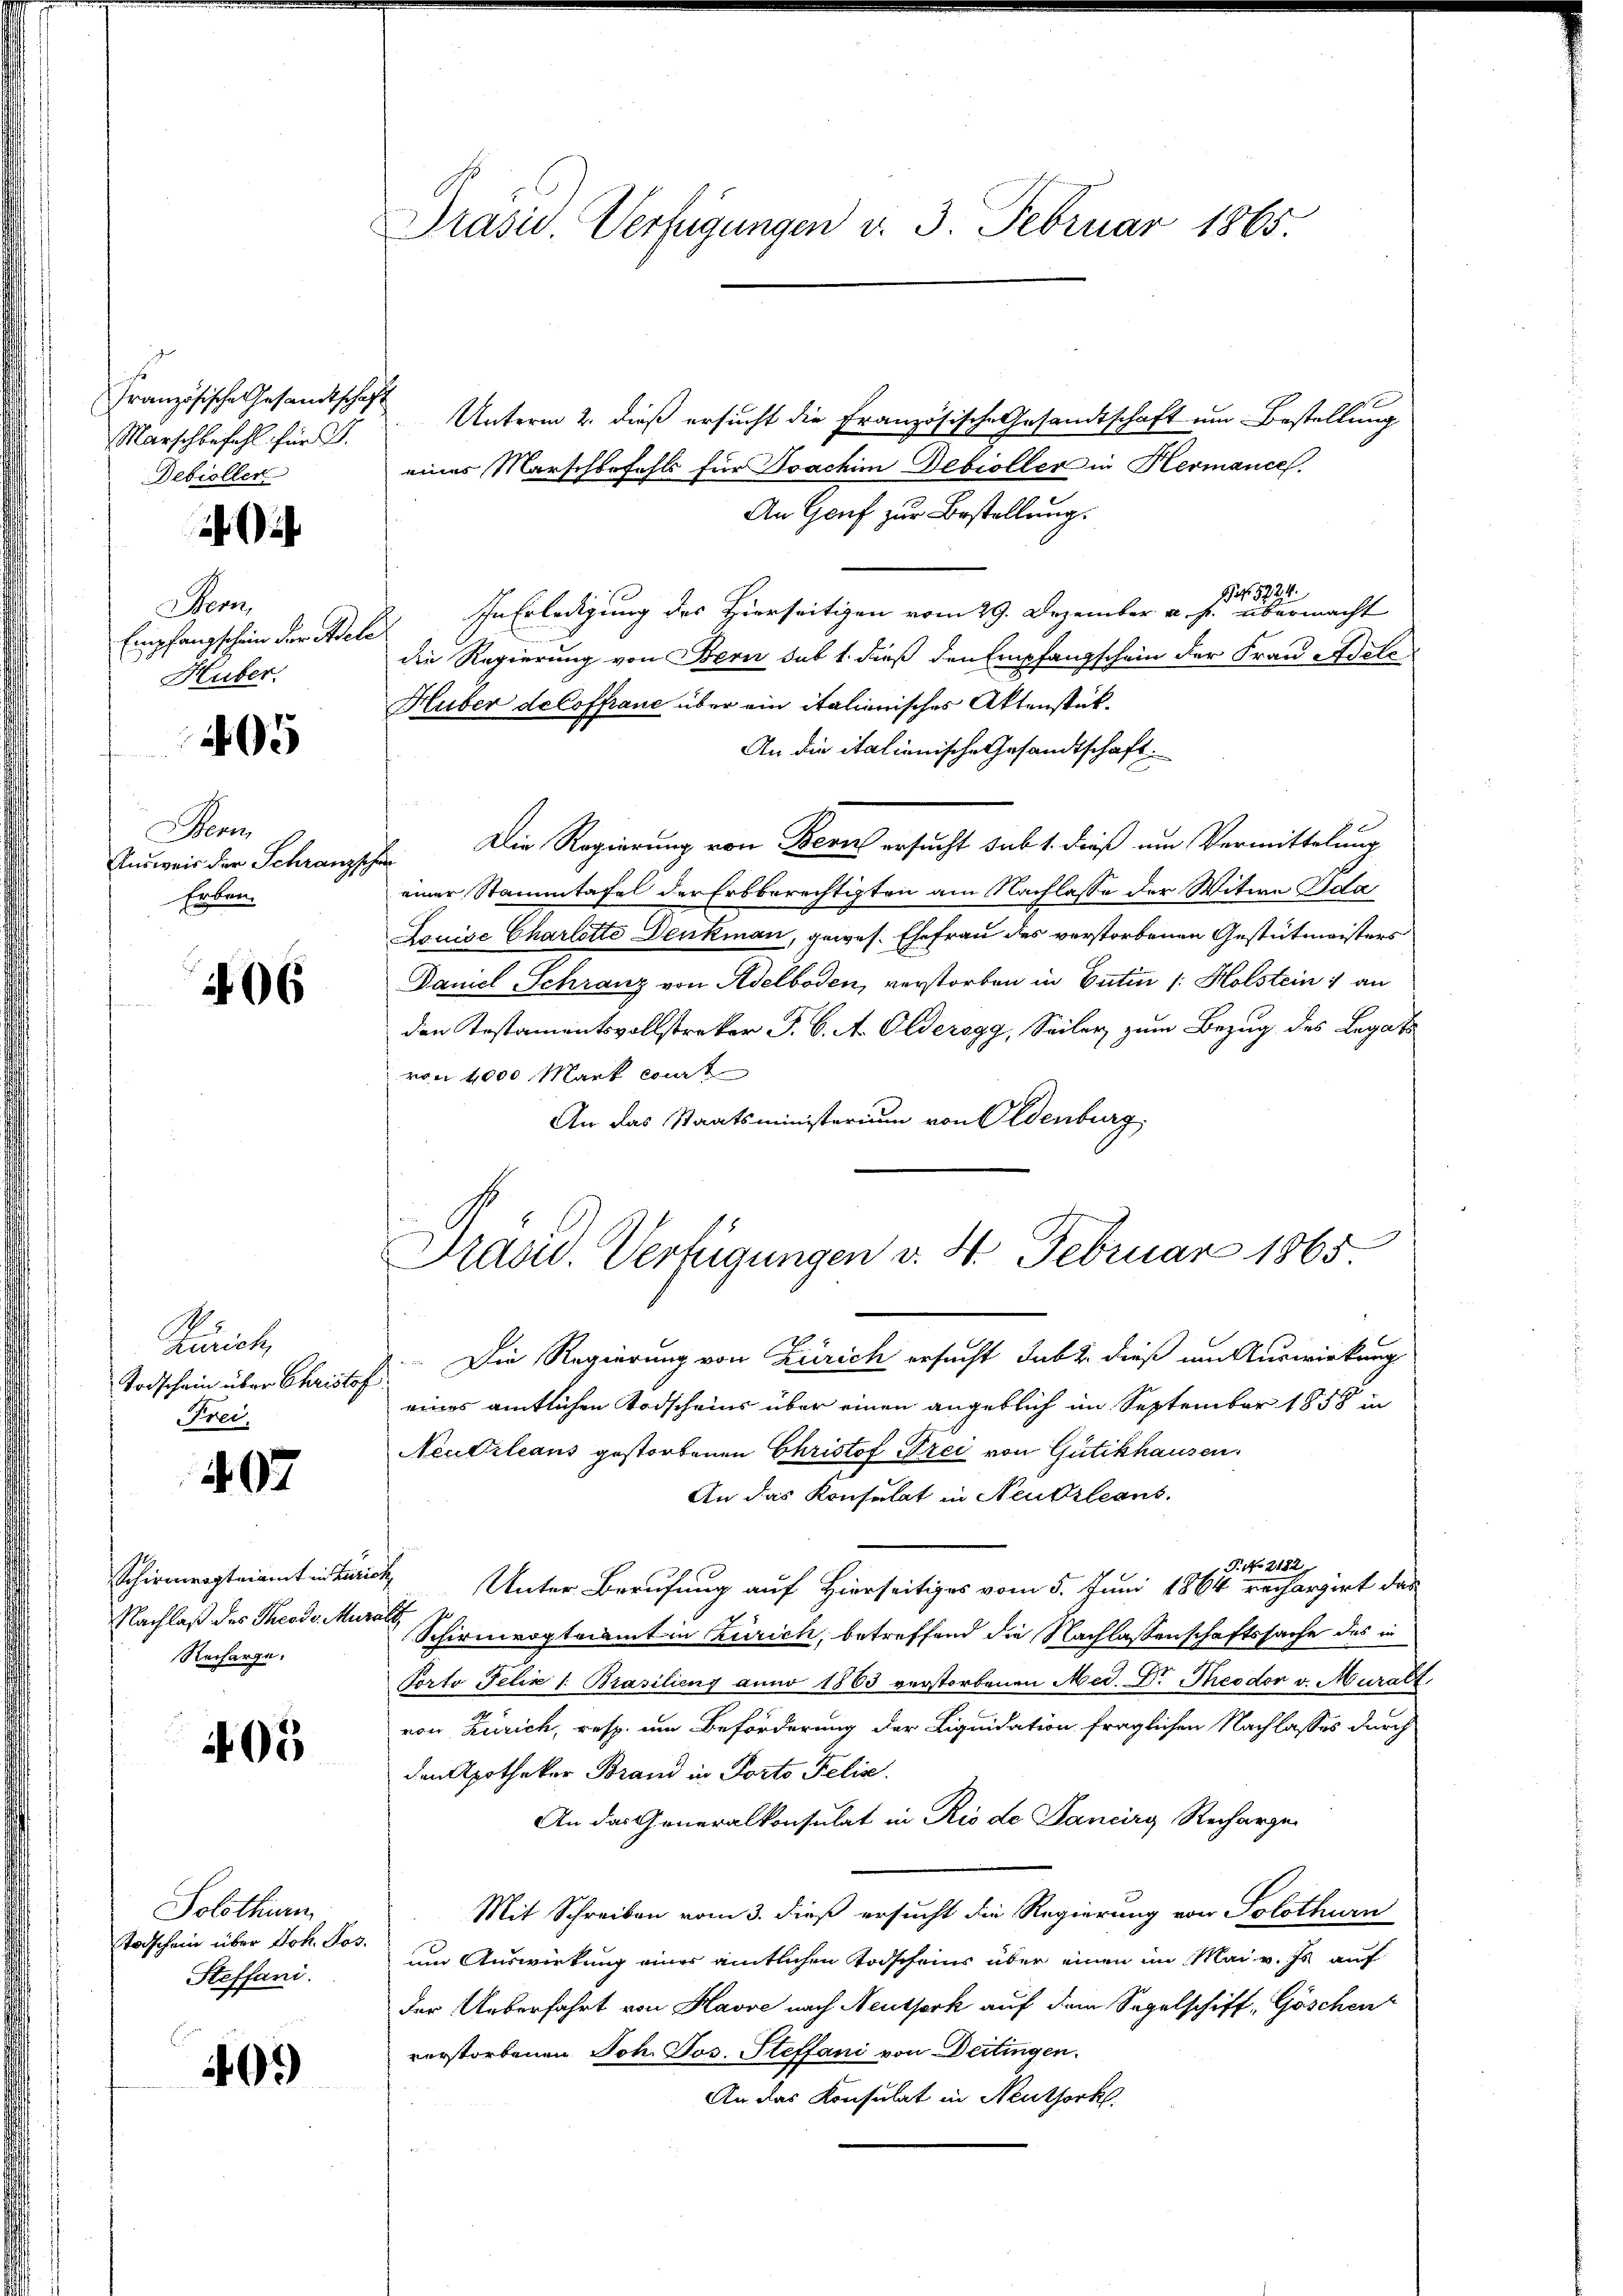
n
französische Gesandtschaft
Marschbefehl für 3.
Debroller

i

Bem
Empfangschein der Acte
Huber.

5

Men
Ausweis der Schranzsch
Erben.

206

Zürich
Todschein über Christof
Frei

407

Schirmvogteiamt in Zür
Nachlaß des Theodor Mu
Recharge.

403

Solothurn
taschein über Joh. Jos.
Steffani.

401)

Prasii Verzigungen v. 3. Februar 1865.

Unterm 2. dieß ersucht die Französische Gesandtschaft um Bestellung
eines Marschbefehls für Joachim Debioller in Hermance.
An Genf zur Bestellung.
N 5724.
In Erledigung des Hierseitigen vom 29. Dezember a. p. übermacht
die Regierung von Bern sub 1. dieß den Empfangschein der Frau Adeto
Huber de Coffraue über ein italienisches Aktenstük¬
An die italienische Gesandtschaft.
E. Die Regierung von Bern ersucht sub 1. dieß um Vermittelung
einer Stammtafel der Erbberechtigten am Nachlasse der Witwe Pila
Louise Charlotte Denkman, gewes. Ehefrau des verstorbenen Gestütmeisters
Damel Schranz von Adelboden, verstorben in Entin /: Holstein 1 an
den Testamentsvollstreker P. C. A. Olderegg, Seiler zum Bezug des Legati
von 4000 Mart cit
An das Staatsministerium von Oldenburg,
Die Regierung von Zürich ersucht dabei dieß um Auswirkung
h
eines amtlichen Todscheins über einen angeblich im September 1858 in
Neutrleans gestorbenen Christof Frei von Gütikhausen
An das Konsulat in Neukrleans
P. No 2182)
ch Unter Berufung auf Hierseitiges vom 5. Juni 1864 rechargirt das
t
Schirmvogteiamt in Zürich, betreffend die Nachlassenschaftssache des in
Porto Felix /: Brasilieng anno 1863 verstorbenen Med. Dr. Theodor v. Muralt
von Zürich, resp. um Beförderung der Liquidation fraglichen Nachlasses durch
den Apothekar Brand in Porto Felis.
An das Generalkonsulat in Rio de Pancirg Recharge
Mit Schreiben vom 3. dieß ersucht die Regierung von Solothurn
um Auswirkung einer amtlichen Todscheins über einen im Mai v. Js auf
der Ueberfahrt von Havre nach Neutserk auf dem Segelschiff, Göschen
verstorbenen Joh. Jos. Steffani von Deitingen.
An das Konsulat in Neuthork

Traou. Verfügungen v. 4. Februar 1865